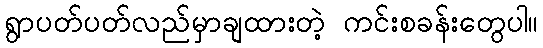
ရွာပတ်ပတ်လည်မှာချထားတဲ့ ကင်းစခန်းတွေပါ။